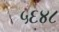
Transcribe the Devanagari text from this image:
५६४८